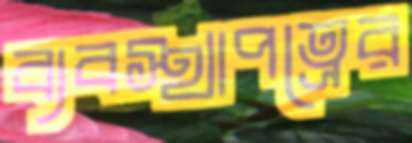
ব্যবস্থাপত্রের